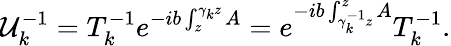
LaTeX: {\cal U}_{k}^{-1}=T_{k}^{-1}e^{-ib\int_{z}^{\gamma_{k}z}A}=e^{-ib\int_{\gamma_{k}^{-1}z}^{z}A}T_{k}^{-1}.